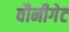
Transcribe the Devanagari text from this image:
वौनीगेट